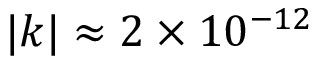
| k | \approx 2 \times 1 0 ^ { - 1 2 }